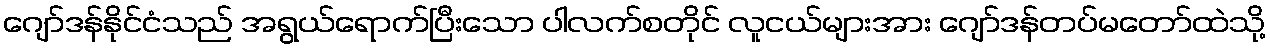
ဂျော်ဒန်နိုင်ငံသည် အရွယ်ရောက်ပြီးသော ပါလက်စတိုင် လူငယ်များအား ဂျော်ဒန်တပ်မတော်ထဲသို့